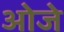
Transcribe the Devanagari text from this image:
ओजे